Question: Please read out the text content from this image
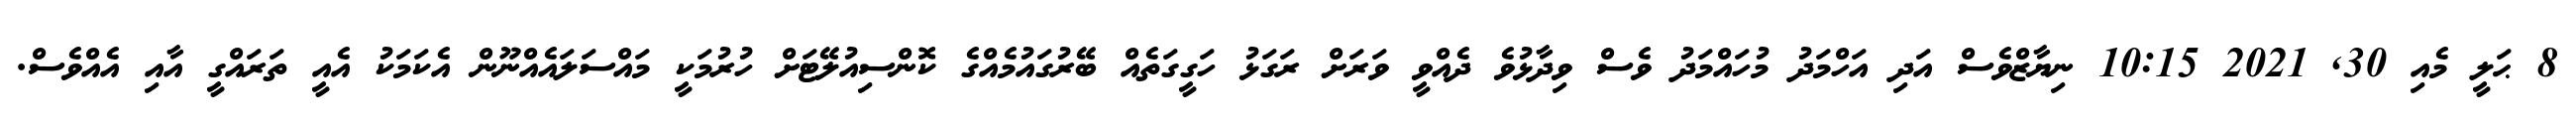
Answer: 8 ޙަލީ މެއި 30, 2021 10:15 ނިޔާޒްވެސް އަދި އަހްމަދު މުހައްމަދު ވެސް ވިދާޅުވެ ދެއްވީ ވަރަށް ރަގަޅު ހަގީގަތެއް ބޭރުގައުމެއްގެ ކޮންސިއުލޭޓަށް ހުރުމަކީ މައްސަލައެއްނޫން އެކަމަކު އެއީ ތަރައްގީ އާއި އެއްވެސް.